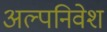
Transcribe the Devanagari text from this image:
अल्पनिवेश